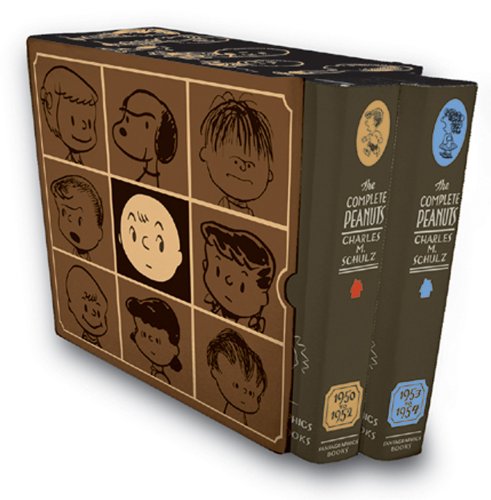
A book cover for The Complete Peanuts 1950-1954 Box Set; Charles M. Schulz; Comics & Graphic Novels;